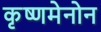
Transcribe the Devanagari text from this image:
कृष्णमेनोन